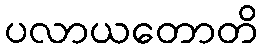
ပလာယတောတိ